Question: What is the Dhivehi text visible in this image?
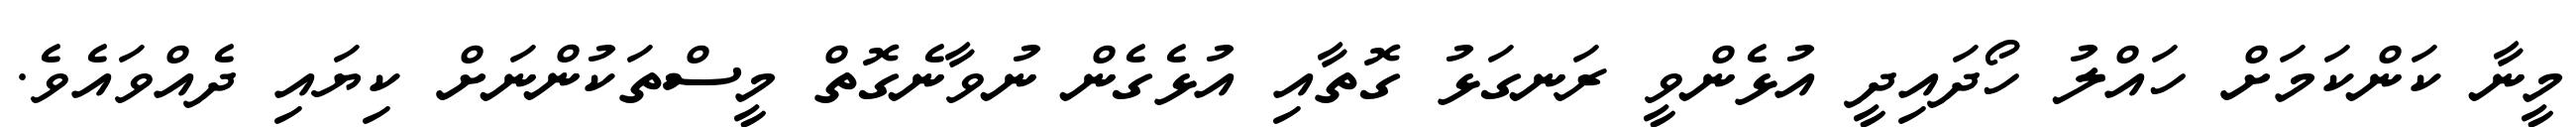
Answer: މީނާ ކަންކަމަށް ހައްލު ހޯދައިދީ އުޅެންވީ ރަނގަޅު ގޮތާއި އުޅެގެން ނުވާނެގޮތް މީސްތަކުންނަށް ކިޔައި ދެއްވައެވެ.